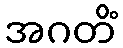
အဂတိံ